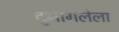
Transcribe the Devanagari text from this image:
दुभागलेला